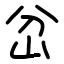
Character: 岔